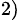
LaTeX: ^{2)}